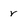
Character: r